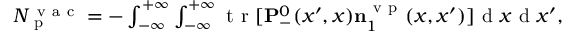
\begin{array} { r } { N _ { \mathrm { ~ p ~ } } ^ { \mathrm { ~ v ~ a ~ c ~ } } = - \int _ { - \infty } ^ { + \infty } \int _ { - \infty } ^ { + \infty } \ensuremath { \mathrm { ~ t ~ r ~ } } [ \ensuremath { \mathbf { P } } _ { - } ^ { 0 } ( x ^ { \prime } , x ) \ensuremath { \mathbf { n } } _ { 1 } ^ { \mathrm { ~ v ~ p ~ } } ( x , x ^ { \prime } ) ] \ensuremath { \mathrm { ~ d ~ } } x \ensuremath { \mathrm { ~ d ~ } } x ^ { \prime } , } \end{array}